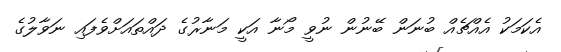
އެކަމަކު އެއްޗެއް ބުނަން ބޭނުން ނުވީ މޯނާ އަކީ މަނާރުގެ ދައްތައަށްވެފައި ނަވާލުގެ